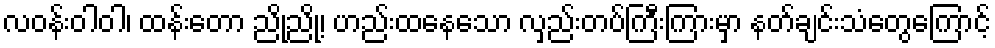
လဝန်းဝါဝါ၊ ထန်းတော ညို့ညို့၊ ဟည်းထနေသော လှည်းတပ်ကြီးကြားမှာ နတ်ချင်းသံတွေကြောင့်